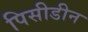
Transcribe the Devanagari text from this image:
पिसीडीन